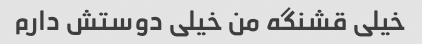
خیلی قشنگه من خیلی دوستش دارم